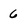
Character: 6